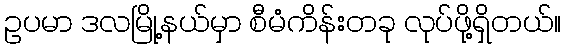
ဥပမာ ဒလမြို့နယ်မှာ စီမံကိန်းတခု လုပ်ဖို့ရှိတယ်။